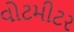
વોટમીટર